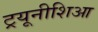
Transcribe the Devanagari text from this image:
ट्रयूनीशिआ